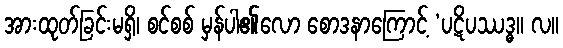
အားထုတ်ခြင်းမရှိ၊ စင်စစ် မှန်ပါ၏လော စောဒနာကြောင့် ‘ပဋိပဿဒ္ဓ။ လ။